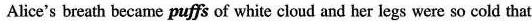
Alice's breath became puffs of white cloud and her legs were so cold that